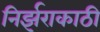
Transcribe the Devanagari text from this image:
निर्झराकाठी